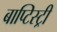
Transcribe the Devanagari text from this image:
बाप्टिस्ट्री